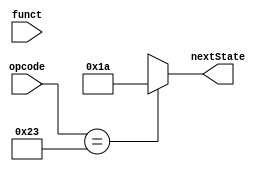
module dispatch3(opcode,funct,nextState);

input[5:0] funct;
input[5:0] opcode;
output reg[4:0] nextState;

always@(*)
begin

case(opcode)
6'b100011 : nextState = 5'd26;
default : nextState = 5'bxxxxx; //dont care
endcase

end
endmodule